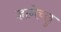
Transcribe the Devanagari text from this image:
ज्ञानेच्छु